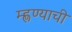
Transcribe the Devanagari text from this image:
म्ह्णण्याची